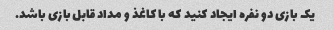
یک بازی دو نفره ایجاد کنید که با کاغذ و مداد قابل بازی باشد.